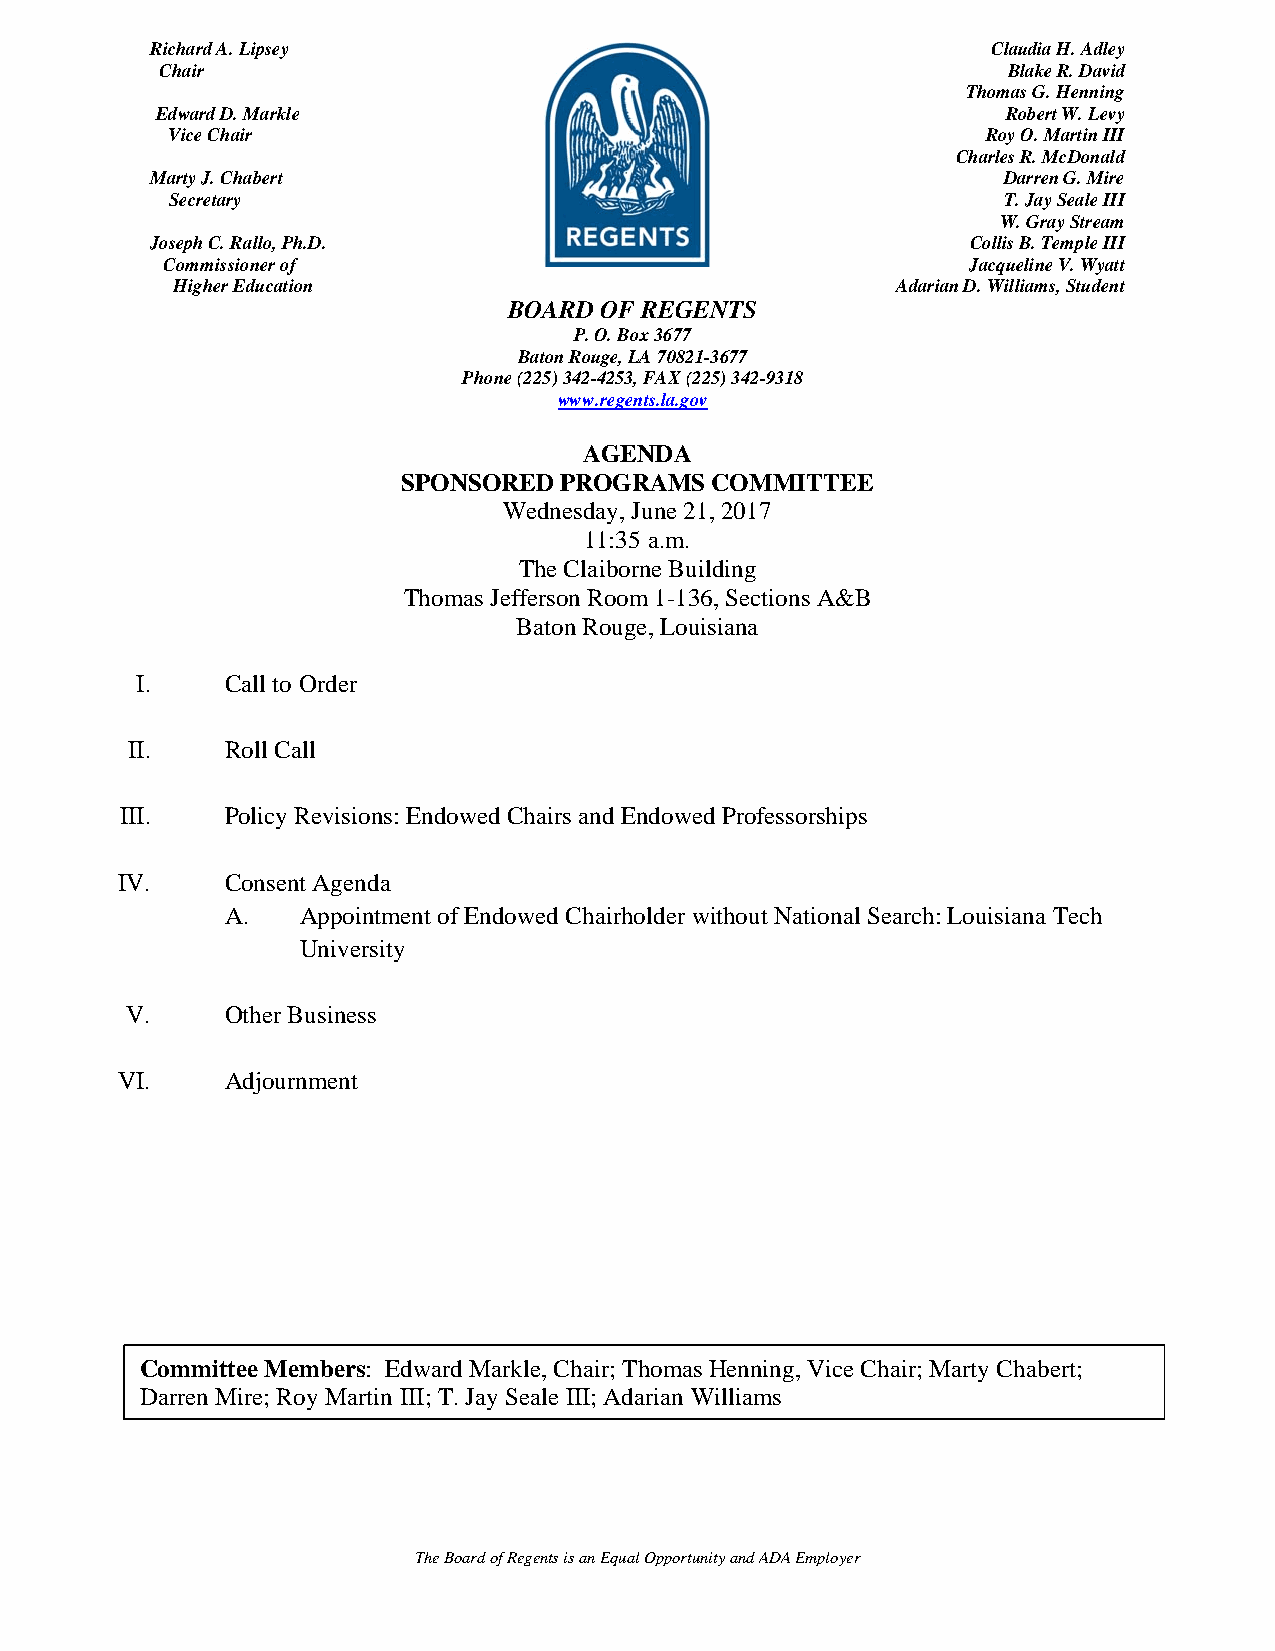
Richard A. Lipsey                                       Claudia H. Adley
 Chair                                                   Blake R. David
 Thomas G. Henning
 Edward D. Markle                                         Robert W. Levy
 Vice Chair                                            Roy O. Martin III
 Charles R. McDonald
 Marty J. Chabert                                        Darren G. Mire
 Secretary                                              T. Jay Seale III
 W. Gray Stream
 Joseph C. Rallo, Ph.D.                                Collis B. Temple III
 Commissioner of                                      Jacqueline V. Wyatt
 Higher Education                                Adarian D. Williams, Student
 BOARD OF REGENTS
 P. O. Box 3677
 Baton Rouge, LA 70821-3677
 Phone (225) 342-4253, FAX (225) 342-9318
 www.regents.la.gov
 AGENDA
 SPONSORED PROGRAMS  COMMITTEE
 Wednesday, June 21, 2017
 11:35 a.m.
 The Claiborne Building
 Thomas Jefferson Room 1-136, Sections A&B
 Baton Rouge, Louisiana
 I.    Call to Order
 II.    Roll Call
 III.   Policy Revisions: Endowed Chairs and Endowed Professorships
 IV.    Consent Agenda
 A.   Appointment of Endowed Chairholder without National Search: Louisiana Tech
 University
 V.     Other Business
 VI.    Adjournment
 Committee Members: Edward Markle, Chair; Thomas Henning, Vice Chair; Marty Chabert;
 Darren Mire; Roy Martin III; T. Jay Seale III; Adarian Williams
 The Board of Regents is an Equal Opportunity and ADA Employer